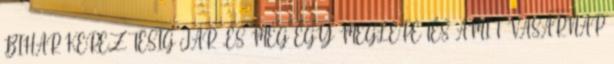
BIHAR KEREZTESIG JÁR .ÉS MÉG EGY MEGLEPETÉS AMIT VASÁRNAP